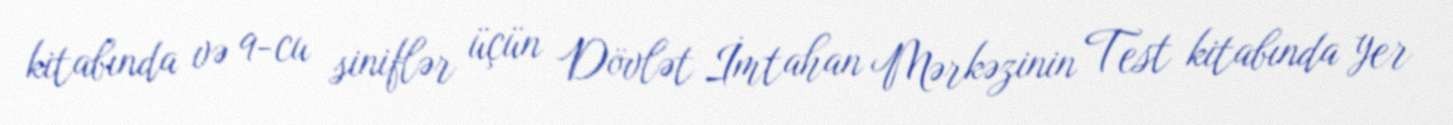
kitabında və 9-cu siniflər üçün Dövlət İmtahan Mərkəzinin Test kitabında yer